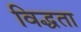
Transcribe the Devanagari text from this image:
विद्धता